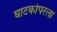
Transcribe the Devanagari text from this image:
घाटकोपरला